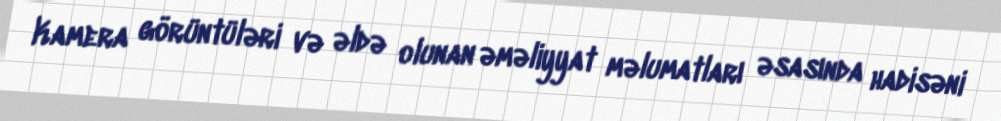
Kamera görüntüləri və əldə olunan əməliyyat məlumatları əsasında hadisəni